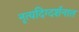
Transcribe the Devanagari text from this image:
नृत्यदिग्दर्शनात